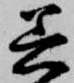
着